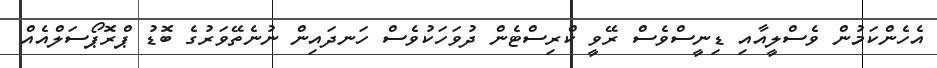
އެހެންކަމުން ވެސްލީއާއި ޑިނީސްވެސް ރޭވީ ކްރިސްޓެން ދުވަހަކުވެސް ހަނދައިން ނުނެތޭވަރުގެ ބޮޑު ޕްރޮޕޯސަލްއެއް